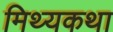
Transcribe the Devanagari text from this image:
मिथ्यकथा